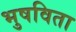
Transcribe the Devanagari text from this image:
भुषविता